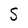
Character: S